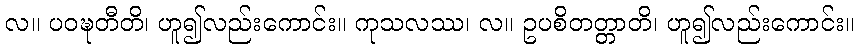
လ။ ပဝဍ္ဎတီတိ၊ ဟူ၍လည်းကောင်း။ ကုသလဿ၊ လ။ ဥပစိတတ္တာတိ၊ ဟူ၍လည်းကောင်း။